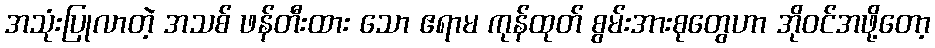
အသုံးပြုလာတဲ့ အသစ် ဖန်တီးထား သော ဧရာမ ကုန်ထုတ် စွမ်းအားစုတွေဟာ အိုဝင်အဖို့တော့